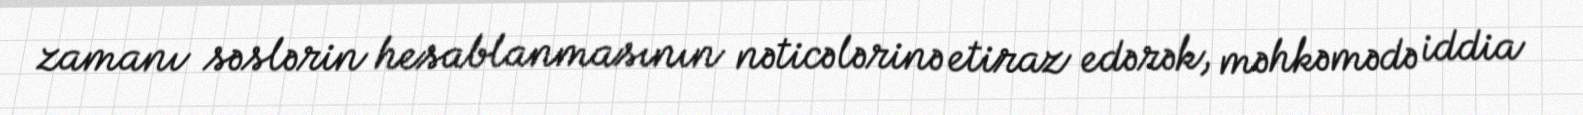
zamanı səslərin hesablanmasının nəticələrinə etiraz edərək, məhkəmədə iddia